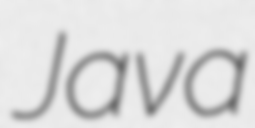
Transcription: Java